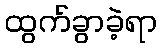
ထွက်ခွာခဲ့ရာ